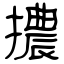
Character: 擃